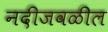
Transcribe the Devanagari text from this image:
नदीजवळील